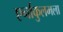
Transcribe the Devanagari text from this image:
एर्नाकुलमला